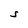
Character: S